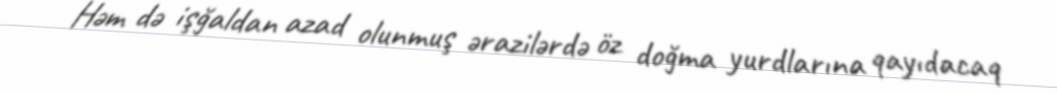
Həm də işğaldan azad olunmuş ərazilərdə öz doğma yurdlarına qayıdacaq